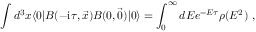
\int d ^ { 3 } x \langle 0 | B ( - \mathrm { i } \tau , \vec { x } ) B ( 0 , \vec { 0 } ) | 0 \rangle = \int _ { 0 } ^ { \infty } d E e ^ { - E \tau } \rho ( E ^ { 2 } ) \ ,